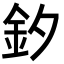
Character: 釸